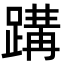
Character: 𮜂